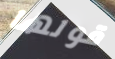
قولها